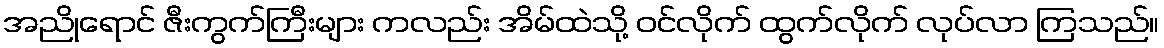
အညိုရောင် ဇီးကွက်ကြီးများ ကလည်း အိမ်ထဲသို့ ဝင်လိုက် ထွက်လိုက် လုပ်လာ ကြသည်။